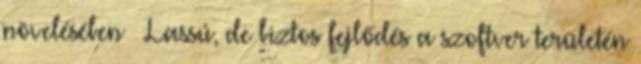
növelésében – Lassú, de biztos fejlődés a szoftver területén